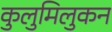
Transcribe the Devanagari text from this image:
कुलुमिलुकन